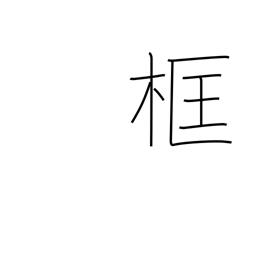
Meaning: framework